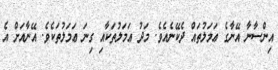
އިންސާނާ އޭނާގެ ޢަމަލުތައް ދެކޭނެއެވެ. މަދު ޢަމަލުތަކާއި ގިނަ ޢަމަލުތަކެވެ. އޭނާއަށް އެ